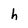
Character: h